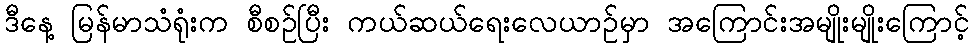
ဒီနေ့ မြန်မာသံရုံးက စီစဉ်ပြီး ကယ်ဆယ်ရေးလေယာဉ်မှာ အကြောင်းအမျိုးမျိုးကြောင့်